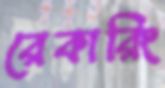
রেকারিং